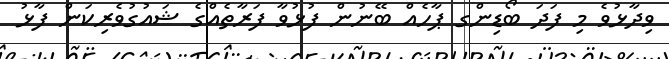
ވިދާޅުވެ މި ފަދަ ބޯޑިންގ ޕާހެއް ބޭނުން ފުޅުވާ ފަރާތެއްގެ ޝައުގުވެރިކަން ފާޅު